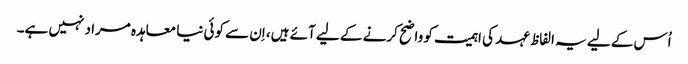
اُس کے لیے یہ الفاظ عہد کی اہمیت کو واضح کرنے کے لیے آئے ہیں، اِن سے کوئی نیا معاہدہ مراد نہیں ہے۔